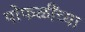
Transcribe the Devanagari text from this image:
पोफळींच्या